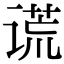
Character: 谎